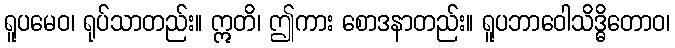
ရူပမေဝ၊ ရုပ်သာတည်း။ ဣတိ၊ ဤကား စောဒနာတည်း။ ရူပဘာဝေါသိဒ္ဓိတောဝ၊